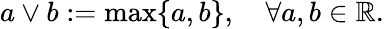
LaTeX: a\vee b:=\operatorname*{max}\{ a,b\} ,\quad\forall a,b\in\mathbb{R}.